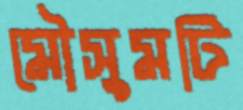
মৌসুমটি